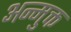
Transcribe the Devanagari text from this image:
अन्मुक्त